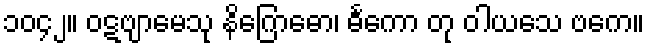
၁၀၄၂။ ဝဋဗျာမေသု နိဂြောဓော၊ ဓင်္ကော တု ဝါယသေ ဗကေ။